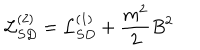
{ \cal L } _ { S D } ^ { ( 2 ) } = { \cal L } _ { S D } ^ { ( 1 ) } + \frac { m ^ { 2 } } 2 B ^ { 2 }